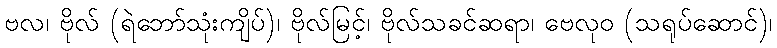
ဗလ၊ ဗိုလ် (ရဲဘော်သုံးကျိပ်)၊ ဗိုလ်မြင့်၊ ဗိုလ်သခင်ဆရာ၊ ဗေလုဝ (သရုပ်ဆောင်)၊